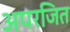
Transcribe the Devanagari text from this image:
अपरजित